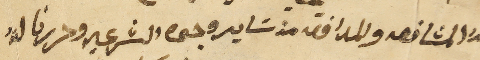
لهُ المشافعه والمدافعة من سَاير وجوه الشرعيه وحررنا لهُ